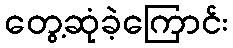
တွေ့ဆုံခဲ့ကြောင်း